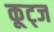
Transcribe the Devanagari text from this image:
कूट्ज